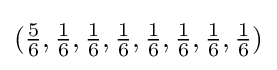
({\tfrac {5}{6}},{\tfrac {1}{6}},{\tfrac {1}{6}},{\tfrac {1}{6}},{\tfrac {1}{6}},{\tfrac {1}{6}},{\tfrac {1}{6}},{\tfrac {1}{6}})